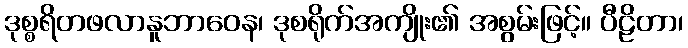
ဒုစ္စရိတဖလာနူဘာဝေန၊ ဒုစရိုက်အကျိုး၏ အစွမ်းဖြင့်။ ပီဠိတာ၊